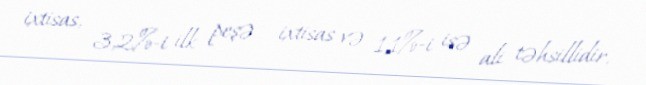
ixtisas, 3,2%-i ilk peşə - ixtisas və 1,1%-i isə ali təhsillidir.